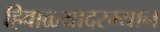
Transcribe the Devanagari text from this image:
हिवाळ्यादरम्यान